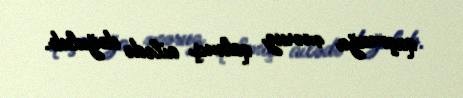
qaçmağa məruz qalmış ailədə doğulub.